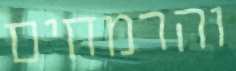
והרמחים